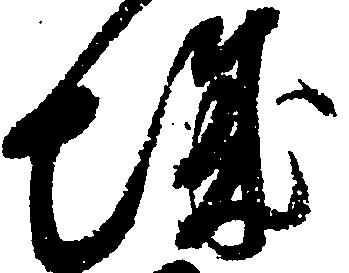
城